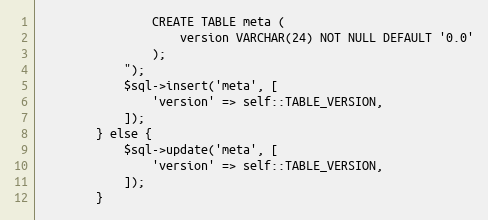
Language: PHP
				CREATE TABLE meta (
					version VARCHAR(24) NOT NULL DEFAULT '0.0'
				);
			");
			$sql->insert('meta', [
				'version' => self::TABLE_VERSION,
			]);
		} else {
			$sql->update('meta', [
				'version' => self::TABLE_VERSION,
			]);
		}